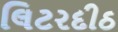
લિટરદીઠ